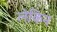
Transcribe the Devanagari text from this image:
लेकिन